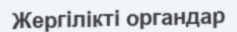
Жергілікті органдар